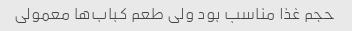
حجم غذا مناسب بود ولی طعم کباب‌ها معمولی